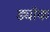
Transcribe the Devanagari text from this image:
ड्यॉक